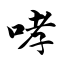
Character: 哮